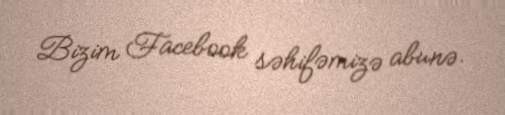
Bizim Facebook səhifəmizə abunə.